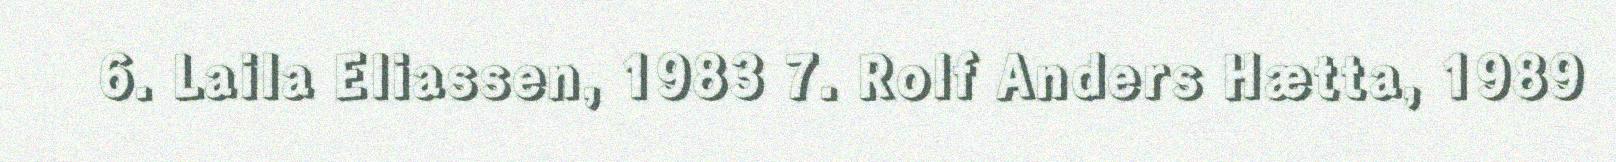
6. Laila Eliassen, 1983 7. Rolf Anders Hætta, 1989